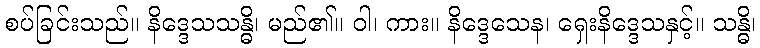
စပ်ခြင်းသည်။ နိဒ္ဒေသသန္ဓိ၊ မည်၏။ ဝါ၊ ကား။ နိဒ္ဒေသေန၊ ရှေးနိဒ္ဒေသနှင့်။ သန္ဓိ၊